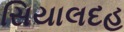
સિયાલદહ